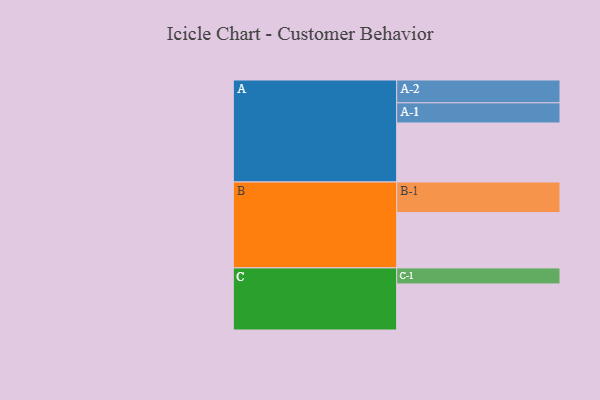
{"axis": {"x": "Segment", "y": "Value"}, "legend": ["", "A", "B", "C"], "data": [{"x": "A", "y": 574, "type": ""}, {"x": "B", "y": 538, "type": ""}, {"x": "C", "y": 448, "type": ""}, {"x": "A-1", "y": 196, "type": "A"}, {"x": "A-2", "y": 222, "type": "A"}, {"x": "B-1", "y": 298, "type": "B"}, {"x": "C-1", "y": 156, "type": "C"}]}